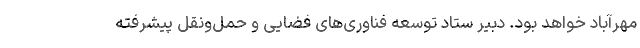
مهرآباد خواهد بود. دبیر ستاد توسعه فناوری‌های فضایی و حمل‌ونقل پیشرفته